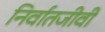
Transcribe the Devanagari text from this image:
निर्वातजीवी